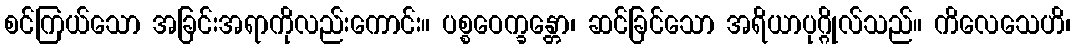
စင်ကြယ်သော အခြင်းအရာကိုလည်းကောင်း။ ပစ္စဝေက္ခန္တော၊ ဆင်ခြင်သော အရိယာပုဂ္ဂိုလ်သည်။ ကိလေသေဟိ၊